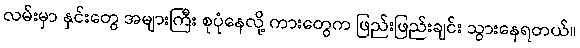
လမ်းမှာ နှင်းတွေ အများကြီး စုပုံနေလို့ ကားတွေက ဖြည်းဖြည်းချင်း သွားနေရတယ်။